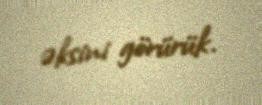
əksini görürük.